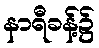
နာရီခန့်၌